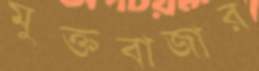
মুক্তবাজার